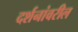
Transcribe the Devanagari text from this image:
दर्शनांवरील